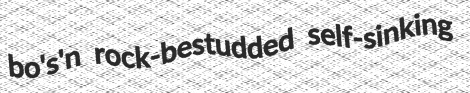
bo's'n rock-bestudded self-sinking